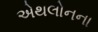
એથલોનના